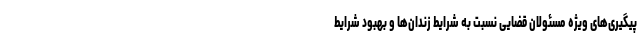
پیگیری‌های ویژه مسئولان قضایی نسبت به شرایط زندان‌ها و بهبود شرایط